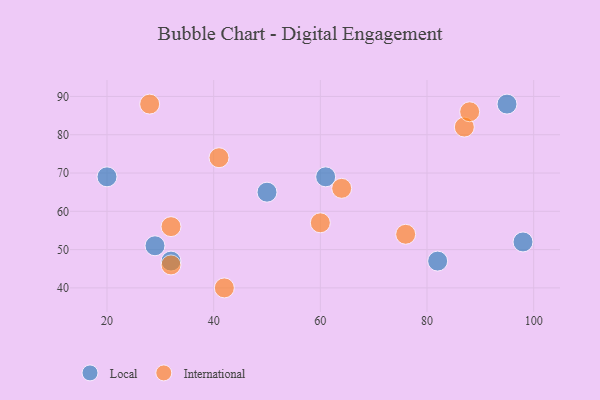
{"axis": {"x": "GDP", "y": "Life Expectancy"}, "legend": ["International", "Local"], "data": [{"x": "95", "y": 88, "type": "Local"}, {"x": "82", "y": 47, "type": "Local"}, {"x": "61", "y": 69, "type": "Local"}, {"x": "20", "y": 69, "type": "Local"}, {"x": "50", "y": 65, "type": "Local"}, {"x": "32", "y": 47, "type": "Local"}, {"x": "29", "y": 51, "type": "Local"}, {"x": "98", "y": 52, "type": "Local"}, {"x": "60", "y": 57, "type": "International"}, {"x": "87", "y": 82, "type": "International"}, {"x": "64", "y": 66, "type": "International"}, {"x": "28", "y": 88, "type": "International"}, {"x": "76", "y": 54, "type": "International"}, {"x": "42", "y": 40, "type": "International"}, {"x": "32", "y": 56, "type": "International"}, {"x": "32", "y": 46, "type": "International"}, {"x": "88", "y": 86, "type": "International"}, {"x": "41", "y": 74, "type": "International"}]}